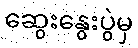
ဆွေးနွေးပွဲမှ